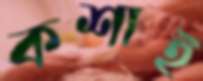
কশাই